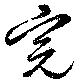
完